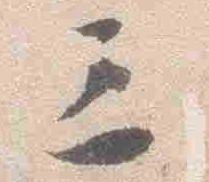
三